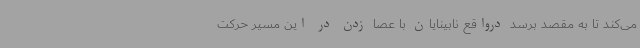
می‌کند تا به مقصد برسد درواقع نابینایان با عصا زدن در این مسیر حرکت